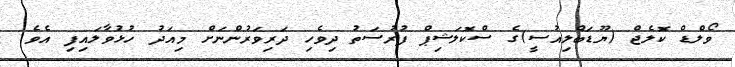
ވޯލްޑް ކޮލެޖް (ޔޫޑަބްލިއުސީ)ގެ ސްކޮލަޝިޕް ފުރުސަތު ދިވެހި ދަރިވަރުންނަށް މިއަދު ހުޅުވާލައިފި އެވެ.